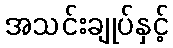
အသင်းချုပ်နှင့်